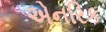
એનરિક